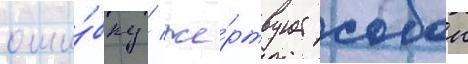
оши́бку / же́ртвует собои